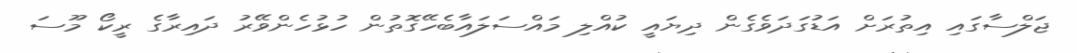
ޖަލްސާގައި އިތުރަށް އަޑުގަދަވެގެން ދިޔައީ ކުއްލި މައްސަލައާބެހޭގޮތުން ހުޅުހެންވޭރު ދައިރާގެ ރީކޯ މޫސަ